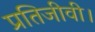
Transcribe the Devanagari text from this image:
प्रतिजीवी।